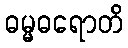
ဓမ္မဓရောတိ